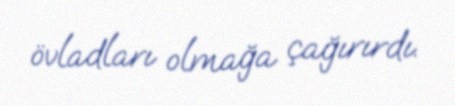
övladları olmağa çağırırdı.